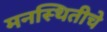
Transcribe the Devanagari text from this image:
मनस्थितीचे